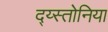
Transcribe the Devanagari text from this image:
द्य्स्तोनिया